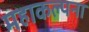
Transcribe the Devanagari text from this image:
महाकल्पना